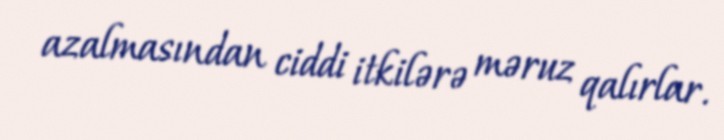
azalmasından ciddi itkilərə məruz qalırlar.